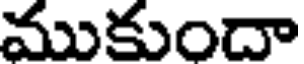
ముకుందా